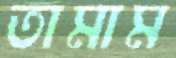
তামাম